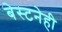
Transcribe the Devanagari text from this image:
बेस्टनेही